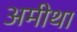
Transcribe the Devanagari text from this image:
अमीथा